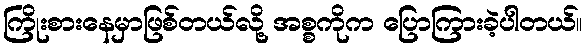
ကြိုးစားနေမှာဖြစ်တယ်လို့ အစ္စကိုက ပြောကြားခဲ့ပါတယ်။